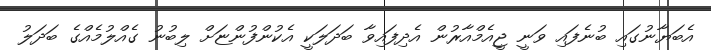
އެބަޔާނުގައި ބުނެފައި ވަނީ ޖީއެމްއާރުން އެދިފައިވާ ބަދަލަކީ އެކުންފުންޏަށް ލިބުނު ގެއްލުމެއްގެ ބަދަލު